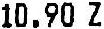
10.90 Z